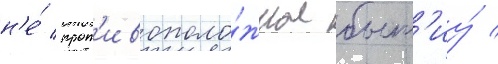
н'е́ прот'ивополо́жное быт'иу́ /